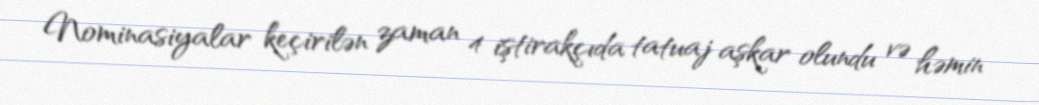
Nominasiyalar keçirilən zaman 4 iştirakçıda tatuaj aşkar olundu və həmin